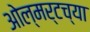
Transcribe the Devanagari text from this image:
ओल्मर्टच्या